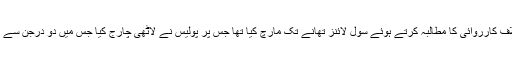
بعد ازاں طلبہ نے ان کے خلاف کارروائی کا مطالبہ کرتے ہوئے سول لائنز تھانے تک مارچ کیا تھا جس پر پولیس نے لاٹھی چارج کیا جس میں دو درجن سے زائد طلبہ زخمی ہوئے تھے۔